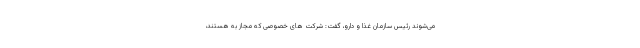
می‌شوند رئیس سازمان غذا و دارو، گفت: شرکت های خصوصی که مجاز به هستند،